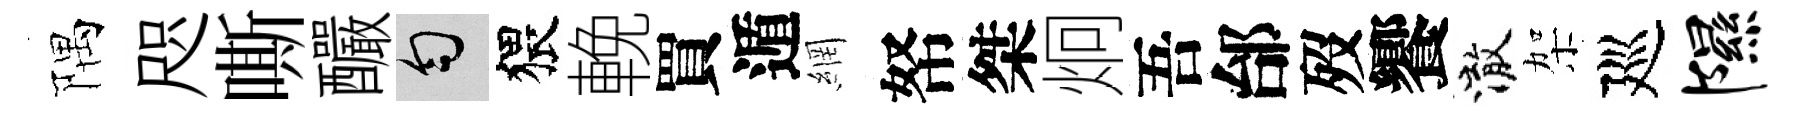
隅咫嘶釅匀猥輓買遁網帑桀炯吾邰歿饗澈架廵隰